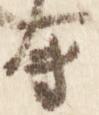
会